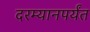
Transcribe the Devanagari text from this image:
दरम्यानपर्यंत